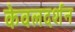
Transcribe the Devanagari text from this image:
केवलदर्शन